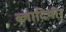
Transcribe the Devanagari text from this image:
ब्लादिमीर